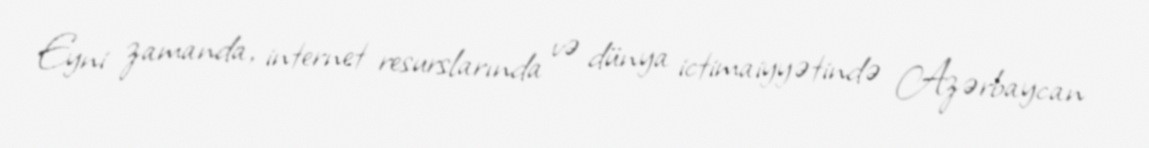
Eyni zamanda, internet resurslarında və dünya ictimaiyyətində Azərbaycan